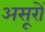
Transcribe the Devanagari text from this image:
असूरों